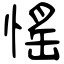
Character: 愮